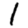
Digit: 1